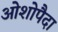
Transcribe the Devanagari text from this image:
ओशोपैदा